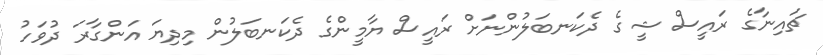
ޗައިނާގެ ރައީސް ޝީގެ ދެކަނބަލުންނަށް ރައީސް ޔާމީންގެ ދެކަނބަލުން މިދިޔަ އަންގާރަ ދުވަހު